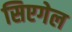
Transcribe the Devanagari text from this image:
सिएगेल